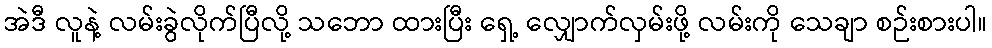
အဲဒီ လူနဲ့ လမ်းခွဲလိုက်ပြီလို့ သဘော ထားပြီး ရှေ့ လျှောက်လှမ်းဖို့ လမ်းကို သေချာ စဉ်းစားပါ။